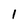
Character: 1